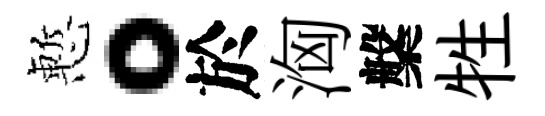
慙。於洶槃牲